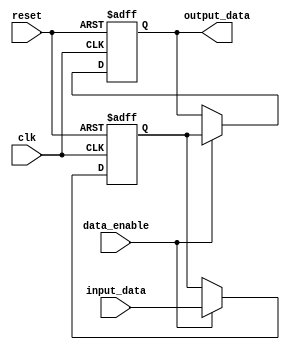
module data_enable_latch(
    input clk,
    input reset,
    input data_enable,
    input [7:0] input_data,
    output reg [7:0] output_data
);

reg [7:0] latched_data;

always @(posedge clk or posedge reset) begin
    if (reset) begin
        output_data <= 8'b0;
        latched_data <= 8'b0;
    end else if (data_enable) begin
        latched_data <= input_data;
        output_data <= latched_data;
    end
end

endmodule